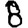
Digit: 8